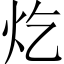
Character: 𪸏